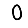
Digit: 0